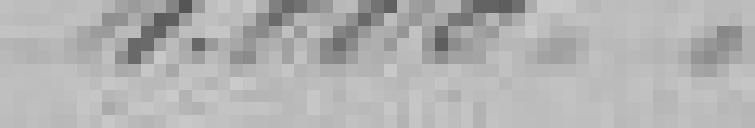
4.000